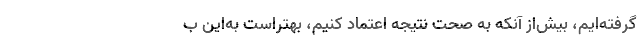
گرفته‌ایم، بیش‌از آنکه به صحت نتیجه اعتماد کنیم، بهتراست به‌این ب